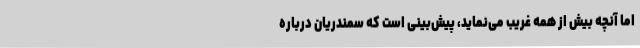
اما آنچه بیش از همه غریب‌ می‌نماید، پیش‌بینی است که سمندریان درباره